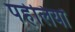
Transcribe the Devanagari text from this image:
पहेलियॉंँ